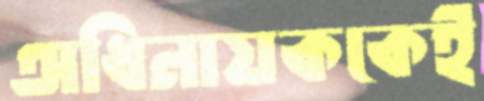
অধিনায়ককেই